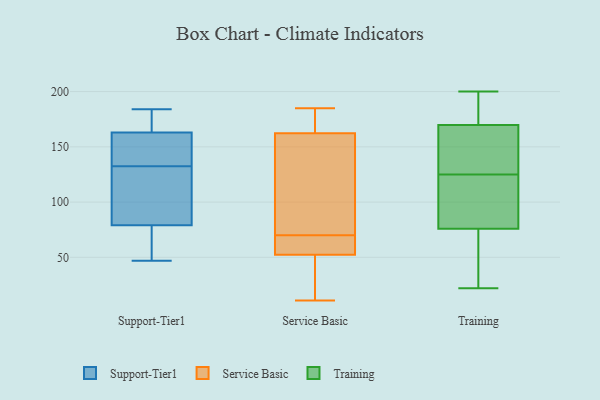
{"axis": {"x": "Active Users", "y": "Value"}, "legend": ["Service Basic", "Support-Tier1", "Training"], "data": [{"x": "", "y": 108, "type": "Support-Tier1"}, {"x": "", "y": 174, "type": "Support-Tier1"}, {"x": "", "y": 120, "type": "Support-Tier1"}, {"x": "", "y": 184, "type": "Support-Tier1"}, {"x": "", "y": 50, "type": "Support-Tier1"}, {"x": "", "y": 79, "type": "Support-Tier1"}, {"x": "", "y": 145, "type": "Support-Tier1"}, {"x": "", "y": 153, "type": "Support-Tier1"}, {"x": "", "y": 47, "type": "Support-Tier1"}, {"x": "", "y": 163, "type": "Support-Tier1"}, {"x": "", "y": 185, "type": "Service Basic"}, {"x": "", "y": 53, "type": "Service Basic"}, {"x": "", "y": 16, "type": "Service Basic"}, {"x": "", "y": 139, "type": "Service Basic"}, {"x": "", "y": 177, "type": "Service Basic"}, {"x": "", "y": 11, "type": "Service Basic"}, {"x": "", "y": 160, "type": "Service Basic"}, {"x": "", "y": 70, "type": "Service Basic"}, {"x": "", "y": 69, "type": "Service Basic"}, {"x": "", "y": 175, "type": "Service Basic"}, {"x": "", "y": 22, "type": "Service Basic"}, {"x": "", "y": 144, "type": "Service Basic"}, {"x": "", "y": 55, "type": "Service Basic"}, {"x": "", "y": 47, "type": "Service Basic"}, {"x": "", "y": 123, "type": "Service Basic"}, {"x": "", "y": 52, "type": "Service Basic"}, {"x": "", "y": 163, "type": "Service Basic"}, {"x": "", "y": 177, "type": "Service Basic"}, {"x": "", "y": 69, "type": "Service Basic"}, {"x": "", "y": 181, "type": "Training"}, {"x": "", "y": 125, "type": "Training"}, {"x": "", "y": 22, "type": "Training"}, {"x": "", "y": 59, "type": "Training"}, {"x": "", "y": 104, "type": "Training"}, {"x": "", "y": 166, "type": "Training"}, {"x": "", "y": 192, "type": "Training"}, {"x": "", "y": 76, "type": "Training"}, {"x": "", "y": 157, "type": "Training"}, {"x": "", "y": 91, "type": "Training"}, {"x": "", "y": 75, "type": "Training"}, {"x": "", "y": 138, "type": "Training"}, {"x": "", "y": 200, "type": "Training"}]}